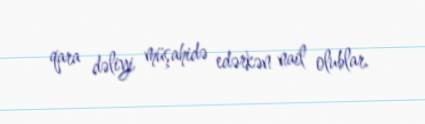
qara dəliyi müşahidə edərkən nail olublar.